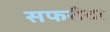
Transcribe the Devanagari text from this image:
सफरीचा